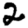
Digit: 2